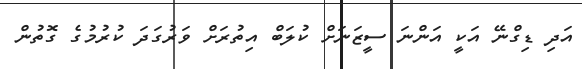
އަދި ޑިގްނޭ އަކީ އަންނަ ސީޒަނަށް ކުލަބް އިތުރަށް ވަރުގަދަ ކުރުމުގެ ގޮތުން